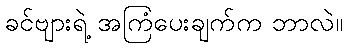
ခင်ဗျားရဲ့ အကြံပေးချက်က ဘာလဲ။